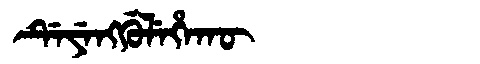
Manchu: ᡩᡝᠶᡝᠩᡤᡠᠯᡝᡥᠠᡴᡡ
Romanization: DEYENGGULEHAKŪ